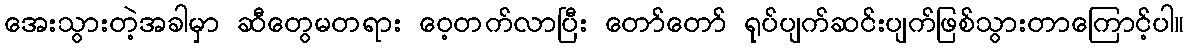
အေးသွားတဲ့အခါမှာ ဆီတွေမတရား ဝေ့တက်လာပြီး တော်တော် ရုပ်ပျက်ဆင်းပျက်ဖြစ်သွားတာကြောင့်ပါ။